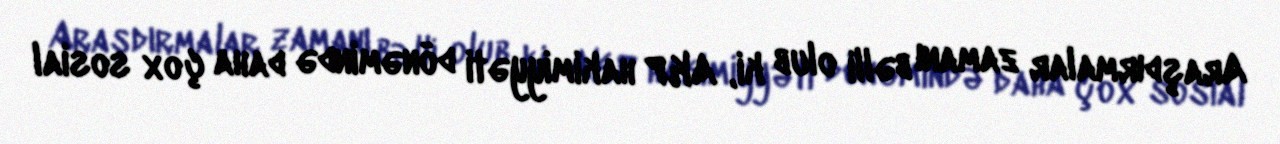
Araşdırmalar zamanı bəlli olub ki, AKP hakimiyyəti dönəmində daha çox sosial